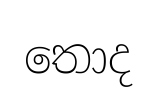
තොද